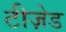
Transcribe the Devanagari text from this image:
टीज़ेड